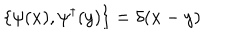
LaTeX: \{ \psi ( x ) , \psi ^ { \dagger } ( y ) \} = \delta ( x - y )